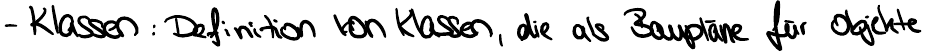
- Klassen : Definition von Klassen, die als Baupläne für Objekte